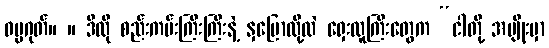
ဓမ္မဂုတ်။ ။ ဒီလို စည်းကမ်းကြီးကြီးနဲ့ နှမြောလို့လဲ ရှေးလူကြီးတွေက “ငါတို့ အမျိုးမှာ